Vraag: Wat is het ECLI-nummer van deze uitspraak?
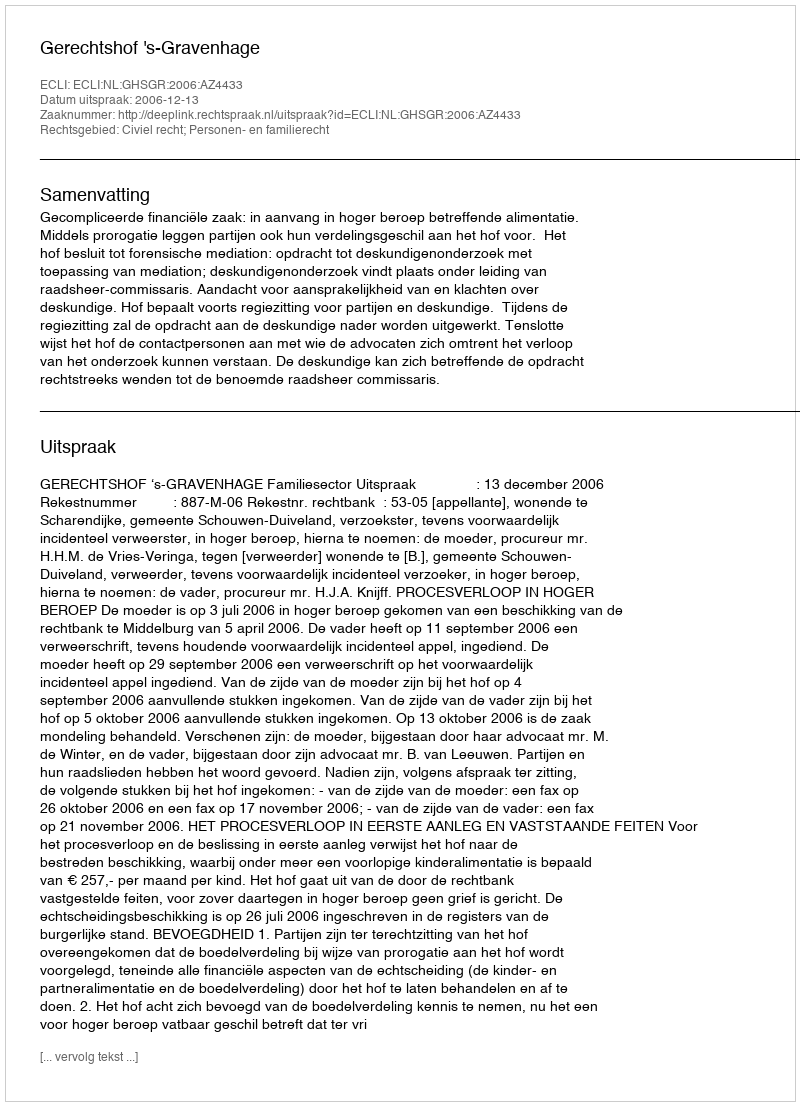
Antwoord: ECLI:NL:GHSGR:2006:AZ4433